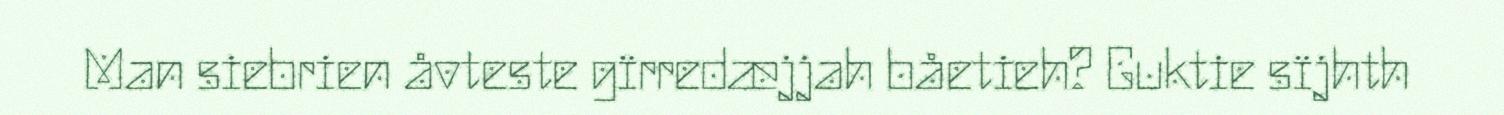
Man siebrien åvteste gïrredæjjah båetieh? Guktie sïjhth